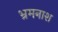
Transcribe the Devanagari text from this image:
भ्रमनाश